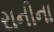
રાનીના